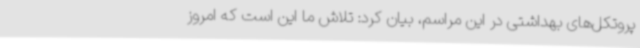
پروتکل‌های بهداشتی در این مراسم، بیان کرد: تلاش ما این است که امروز